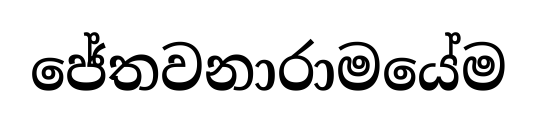
ජේතවනාරාමයේම